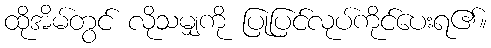
ထိုအိမ်တွင် လိုသမျှကို ပြုပြင်လုပ်ကိုင်ပေးရ၏။